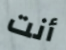
أنت